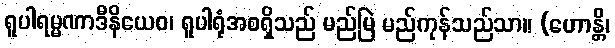
ရူပါရမ္မဏာဒီနိယေဝ၊ ရူပါရုံအစရှိသည် မည်မြဲ မည်ကုန်သည်သာ။ (ဟောန္တိ၊